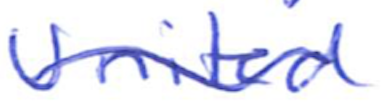
Text: United
Cross-out: mix
Writing tool: ballpoint